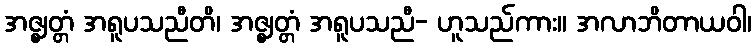
အဇ္ဈတ္တံ အရူပသညီတိ၊ အဇ္ဈတ္တံ အရူပသညီ- ဟူသည်ကား။ အလာဘိတာယဝါ၊